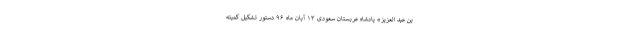
بن عبد العزیز» پادشاه عربستان سعودی ۱۳ آبان ماه ۹۶ دستور تشکیل کمیته